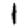
Digit: 1